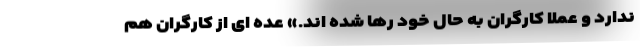
ندارد و عملا کارگران به حال خود رها شده اند.» عده ای از کارگران هم